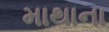
માથાના